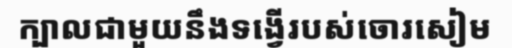
ក្បាលជាមួយនឹងទង្វើរបស់ចោរសៀម